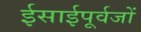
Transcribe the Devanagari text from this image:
ईसाईपूर्वजों